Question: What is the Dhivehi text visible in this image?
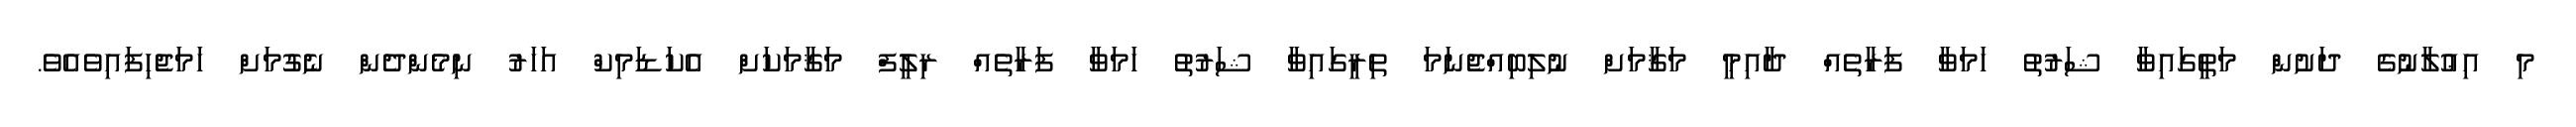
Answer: މި އިޢުލާނުގެ ދަށުން މަތީގައިވާ ޝަރުތު ހަމަވާ ފަރާތެއް ދާއިމީ މަޤާމަށް ނުލިބިއްޖެނަމަ ތިރީގައިވާ ޝަރުތު ހަމަވާ ފަރާތެއް ރިލީފް މަޤާމަކަށް އެކަޑަމިކް އަހަރު ނިމެންދެން ނެގުމަށް ހަމަޖެހިފައިވެއެވެ.